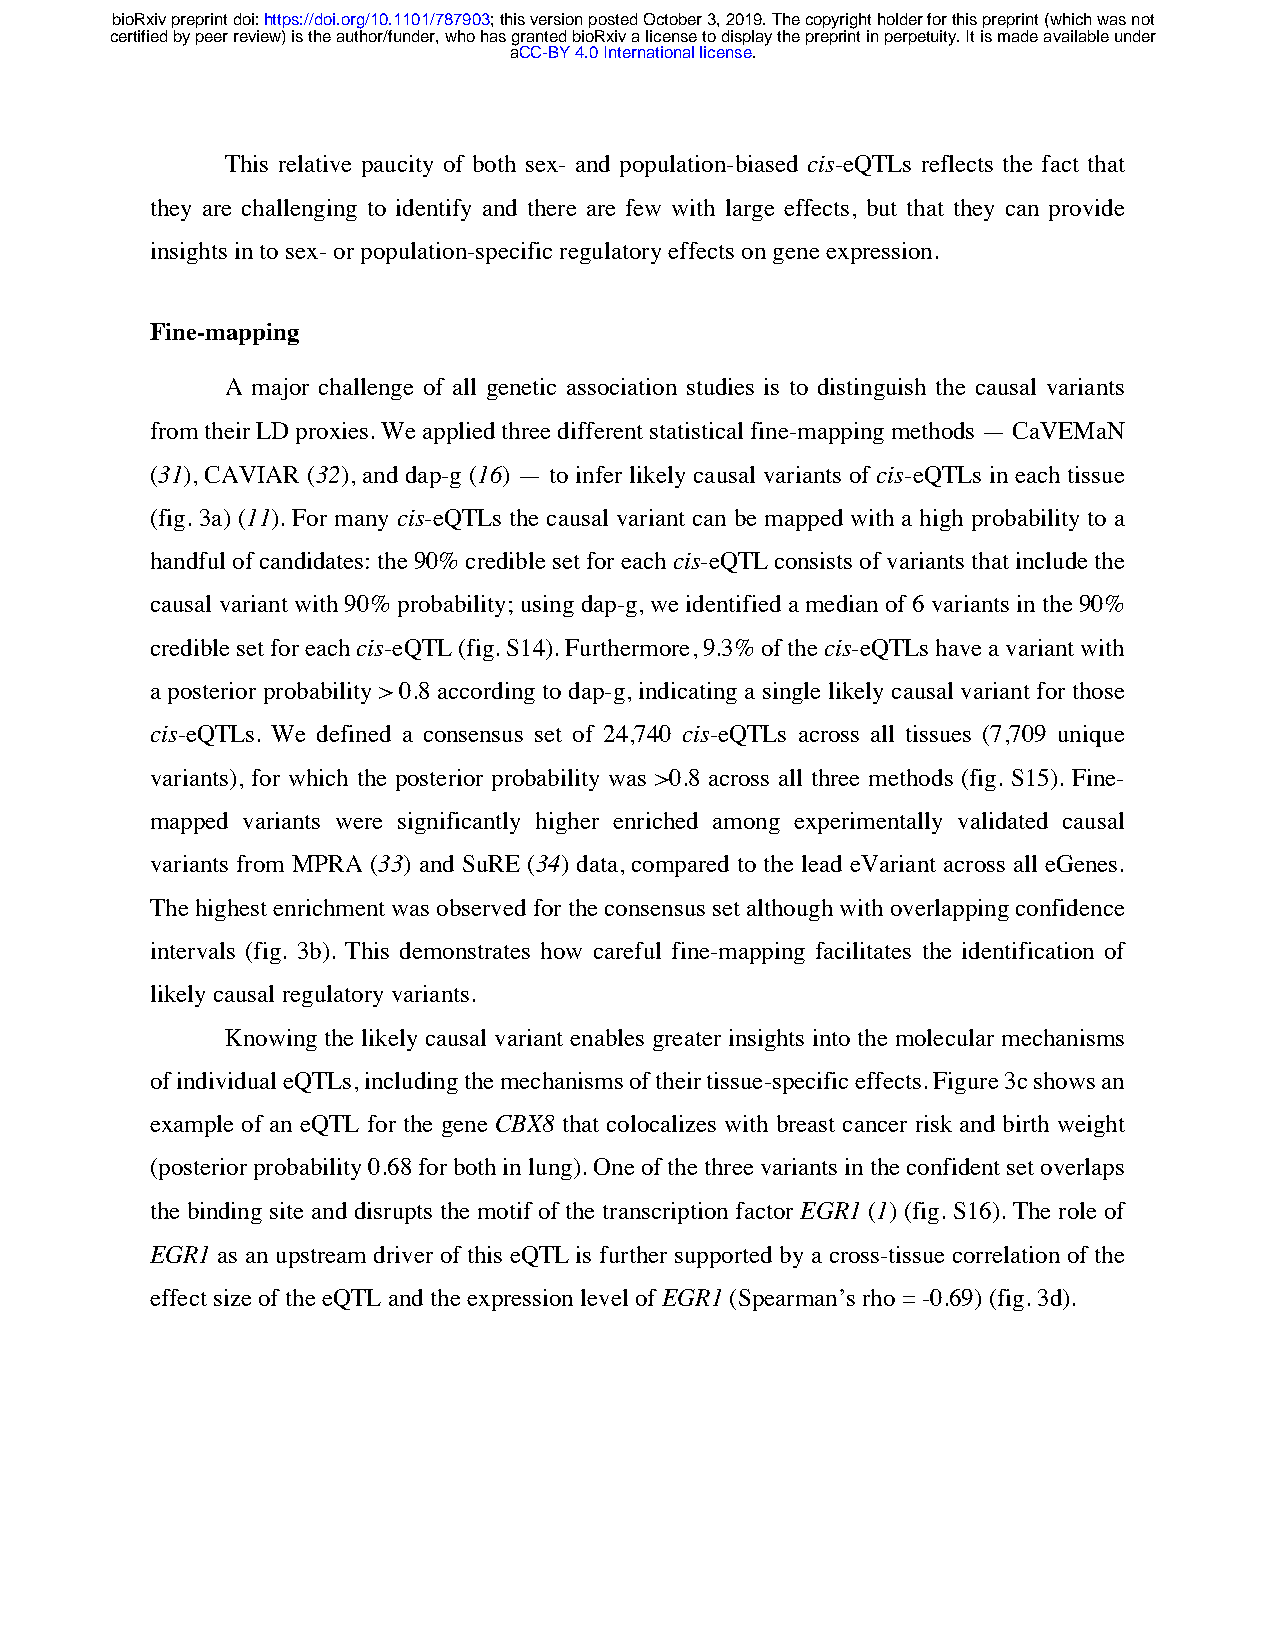
bioRxiv preprint doi: https://doi.org/10.1101/787903; this version posted October 3, 2019. The copyright holder for this preprint (which was not
 certified by peer review) is the author/funder, who has granted bioRxiv a license to display the preprint in perpetuity. It is made available under
 aCC-BY 4.0 International license.
 This relative paucity of both sex- and population-biased cis-eQTLs reflects the fact that
 they are challenging to identify and there are few with large effects, but that they can provide
 insights in to sex- or population-specific regulatory effects on gene expression.
 Fine-mapping
 A major challenge of all genetic association studies is to distinguish the causal variants
 from their LD proxies. We applied three different statistical fine-mapping methods — CaVEMaN
 (31), CAVIAR (32), and dap-g (16) — to infer likely causal variants of cis-eQTLs in each tissue
 (fig. 3a) (11). For many cis-eQTLs the causal variant can be mapped with a high probability to a
 handful of candidates: the 90% credible set for each cis-eQTL consists of variants that include the
 causal variant with 90% probability; using dap-g, we identified a median of 6 variants in the 90%
 credible set for each cis-eQTL (fig. S14). Furthermore, 9.3% of the cis-eQTLs have a variant with
 a posterior probability > 0.8 according to dap-g, indicating a single likely causal variant for those
 cis-eQTLs. We defined a consensus set of 24,740 cis-eQTLs across all tissues (7,709 unique
 variants), for which the posterior probability was >0.8 across all three methods (fig. S15). Fine-
 mapped variants were significantly higher enriched among experimentally validated causal
 variants from MPRA (33) and SuRE (34) data, compared to the lead eVariant across all eGenes.
 The highest enrichment was observed for the consensus set although with overlapping confidence
 intervals (fig. 3b). This demonstrates how careful fine-mapping facilitates the identification of
 likely causal regulatory variants.
 Knowing the likely causal variant enables greater insights into the molecular mechanisms
 of individual eQTLs, including the mechanisms of their tissue-specific effects. Figure 3c shows an
 example of an eQTL for the gene CBX8 that colocalizes with breast cancer risk and birth weight
 (posterior probability 0.68 for both in lung). One of the three variants in the confident set overlaps
 the binding site and disrupts the motif of the transcription factor EGR1 (1) (fig. S16). The role of
 EGR1 as an upstream driver of this eQTL is further supported by a cross-tissue correlation of the
 effect size of the eQTL and the expression level of EGR1 (Spearman’s rho = -0.69) (fig. 3d).